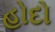
હોદો